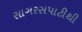
સાગરસપાટીથી